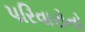
પરિવારોનો